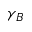
\gamma _ { B }